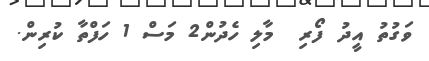
ވަގުތު އީދު ފޯރި  މާލި ހެދުން2 މަސް 1 ހަފްތާ ކުރިން.